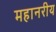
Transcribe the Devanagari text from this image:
महानरीय